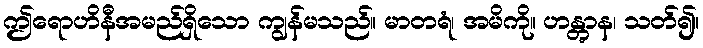
ဤရောဟိနီအမည်ရှိသော ကျွန်မသည်။ မာတရံ၊ အမိကို။ ဟန္တွာန၊ သတ်၍။